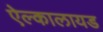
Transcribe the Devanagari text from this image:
ऐल्कालायड